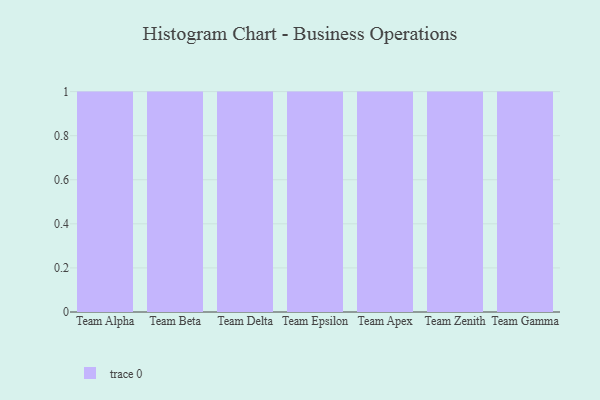
{"axis": {"x": "Team", "y": "Gross Profit (USD K)"}, "legend": [""], "data": [{"x": "Team Alpha", "y": 84, "type": ""}, {"x": "Team Beta", "y": 39, "type": ""}, {"x": "Team Delta", "y": 100, "type": ""}, {"x": "Team Epsilon", "y": 19, "type": ""}, {"x": "Team Apex", "y": 54, "type": ""}, {"x": "Team Zenith", "y": 83, "type": ""}, {"x": "Team Gamma", "y": 47, "type": ""}]}